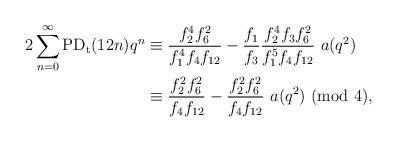
LaTeX: \begin{align*}2\sum_{n=0}^{\infty}\textup{PD}_\textup{t}(12n)q^n&\equiv\dfrac{f_2^4f_6^2}{f_1^4f_4f_{12}}-\dfrac{f_1}{f_3}\dfrac{f_2^4f_3f_{6}^2}{f_1^5f_4f_{12}}~a(q^2)\\&\equiv\dfrac{f_2^2f_6^2}{f_4f_{12}}-\dfrac{f_2^2f_{6}^2}{f_4f_{12}}~a(q^2)~(\textup{mod}~4),\end{align*}